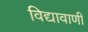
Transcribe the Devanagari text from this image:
विद्यावाणी